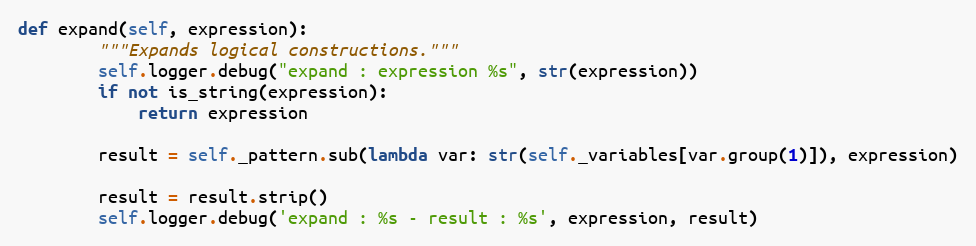
Language: Python
def expand(self, expression):
        """Expands logical constructions."""
        self.logger.debug("expand : expression %s", str(expression))
        if not is_string(expression):
            return expression

        result = self._pattern.sub(lambda var: str(self._variables[var.group(1)]), expression)

        result = result.strip()
        self.logger.debug('expand : %s - result : %s', expression, result)